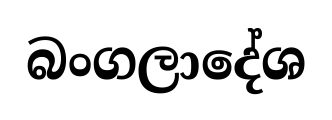
බංගලාදේශ